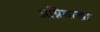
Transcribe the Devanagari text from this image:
अग्निशाखा